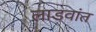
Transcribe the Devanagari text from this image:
लाडवांत